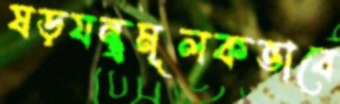
ষড়যন্ত্রমূলকভাবে